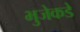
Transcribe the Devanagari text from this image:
भुजेकडे